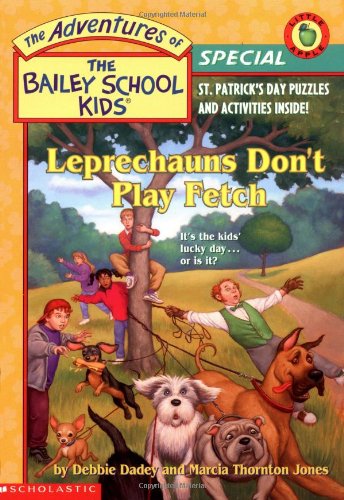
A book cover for Bsk Holiday Special: Leprachauns Don't Play Fetch (The Bailey School Kids); Debbie Dadey; Children's Books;